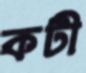
কটী